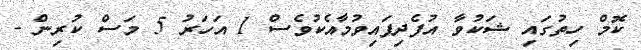
ކޮމް ހިތުގައި ޝަކުވާ އުފެދިފައިވުމާއެކުވެސް 1 އަހަރު 5 މަސް ކުރިން -